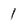
Character: 1